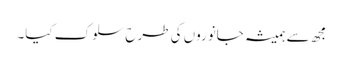
مجھ سے ہمیشہ جانوروں کی طرح سلوک کیا۔